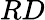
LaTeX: RD